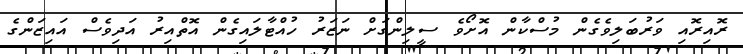
ރޮއިރޮއި ވަރުބަލިވެގެން މުސްކާން އޮށޯވެ ސީލިންގަށް ނަޒަރު ހުއްޓާލައިގެން އޮތްއިރު އަދިވެސް އައިޒަންގެ